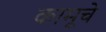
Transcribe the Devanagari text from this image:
कामूचे